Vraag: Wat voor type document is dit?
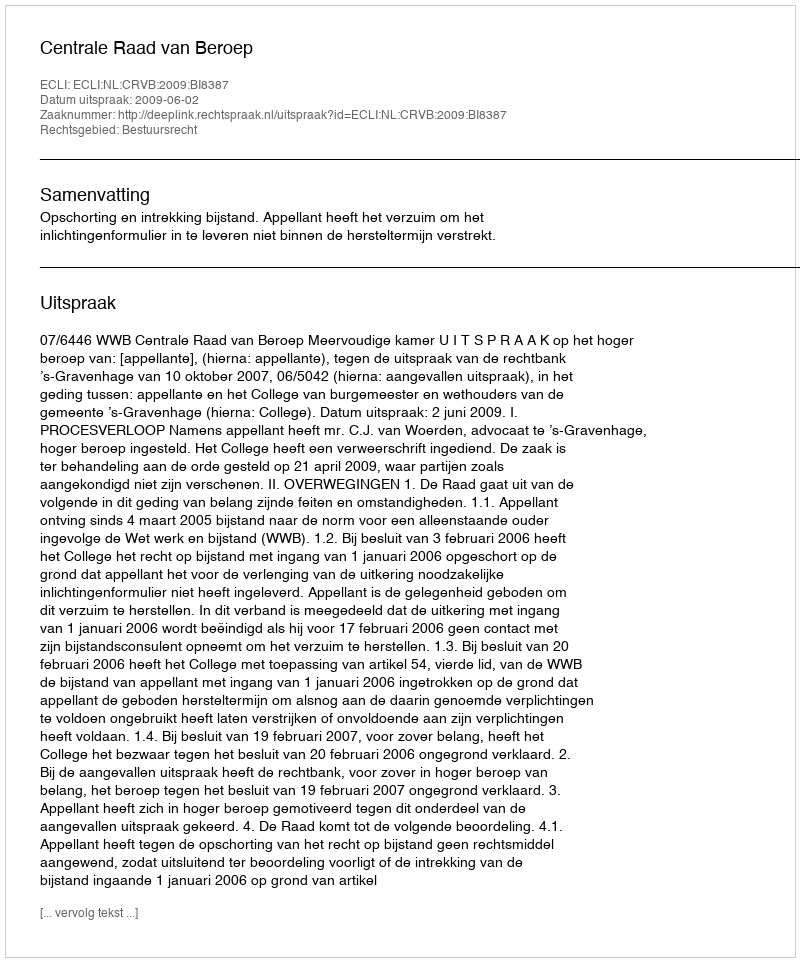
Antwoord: Uitspraak